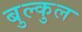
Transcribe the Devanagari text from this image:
बुल्कुल